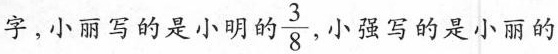
字，小丽写的是小明的\frac{3}{8}，小强写的是小丽的